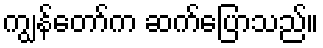
ကျွန်တော်က ဆက်ပြောသည်။